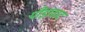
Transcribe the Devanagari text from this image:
पीड़ावाद